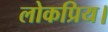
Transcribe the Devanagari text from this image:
लोकप्रिय।